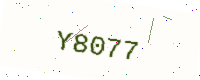
Text: Y8077